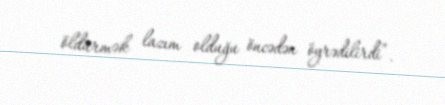
öldürmək lazım olduğu öncədən öyrədilirdi”.